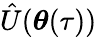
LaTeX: \hat{U}(\boldsymbol{\theta}(\tau))